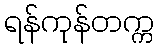
ရန်ကုန်တက္က